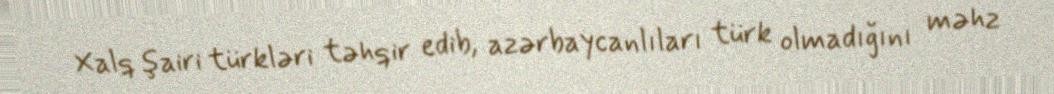
Xalq şairi türkləri təhqir edib, azərbaycanlıları türk olmadığını məhz